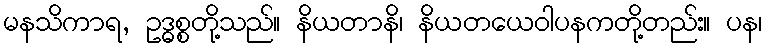
မနသိကာရ, ဥဒ္ဓစ္စတို့သည်။ နိယတာနိ၊ နိယတယေဝါပနကတို့တည်း။ ပန၊